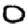
Digit: 0